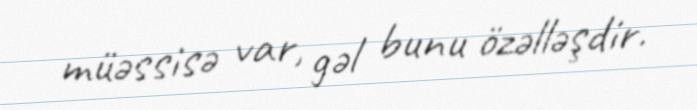
müəssisə var, gəl bunu özəlləşdir.